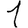
Digit: 1